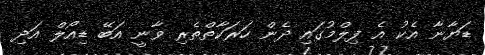
ޑަޔާނާ އެކު އެ ފިލްމުގައި ދެން ހަރަކާތްތެރި ވާނީ އަބޭ ޑިއޯލް އަދި